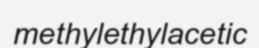
methylethylacetic